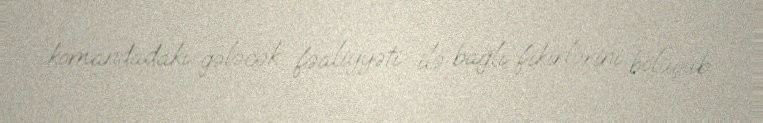
komandadakı gələcək fəaliyyəti ilə bağlı fikirlərini bölüşüb.